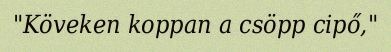
"Köveken koppan a csöpp cipő,"